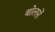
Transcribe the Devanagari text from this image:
बोलसें